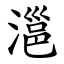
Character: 㴩